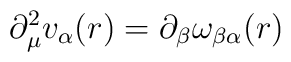
\partial_{\mu}^2 v_{\alpha}(r) = \partial_{\beta} \omega_{\beta\alpha}(r)